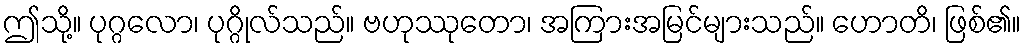
ဤသို့။ ပုဂ္ဂလော၊ ပုဂ္ဂိုလ်သည်။ ဗဟုဿုတော၊ အကြားအမြင်များသည်။ ဟောတိ၊ ဖြစ်၏။